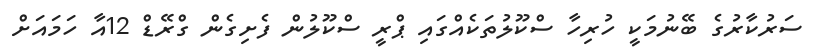
ސަރުކާރުގެ ބޭނުމަކީ ހުރިހާ ސްކޫލުތަކެއްގައި ޕްރީ ސްކޫލުން ފެށިގެން ގްރޭޑް 12އާ ހަމައަށް